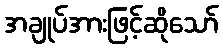
အချုပ်အားဖြင့်ဆိုသော်